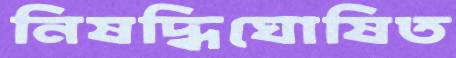
নিষদ্ধিঘোষিত